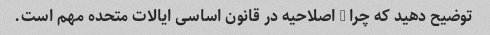
توضیح دهید که چرا 4 اصلاحیه در قانون اساسی ایالات متحده مهم است.